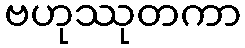
ဗဟုဿုတကာ